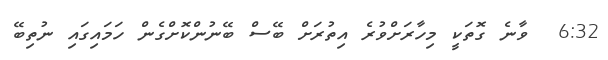
6:32  ވާނެ ގޮތަކީ މިހާރަށްވުރެ އިތުރަށް ބޭސް ބޭނުންކޮށްގެން ހަމައިގައި ނުތިބޭ